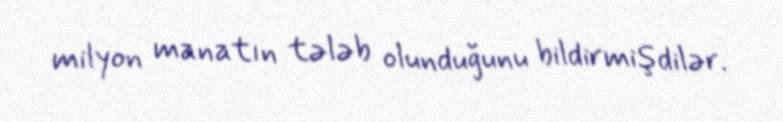
milyon manatın tələb olunduğunu bildirmişdilər.